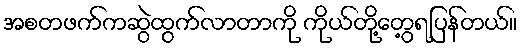
အစတဖက်ကဆွဲထွက်လာတာကို ကိုယ်တို့တွေ့ရပြန်တယ်။